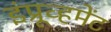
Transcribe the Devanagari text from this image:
इंप्रूव्हमेंट